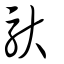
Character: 馱